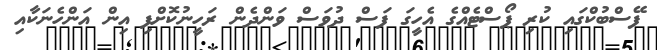
ފޭސްބުކްގައި ކުރި ޕޯސްޓެއްގެ އެހީގަ ފަސް ދުވަސް ވަންދެން ރަހީނުކޮށްފި އިން އަންހެނަކާއި